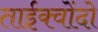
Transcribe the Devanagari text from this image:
ताईक्वोंदो